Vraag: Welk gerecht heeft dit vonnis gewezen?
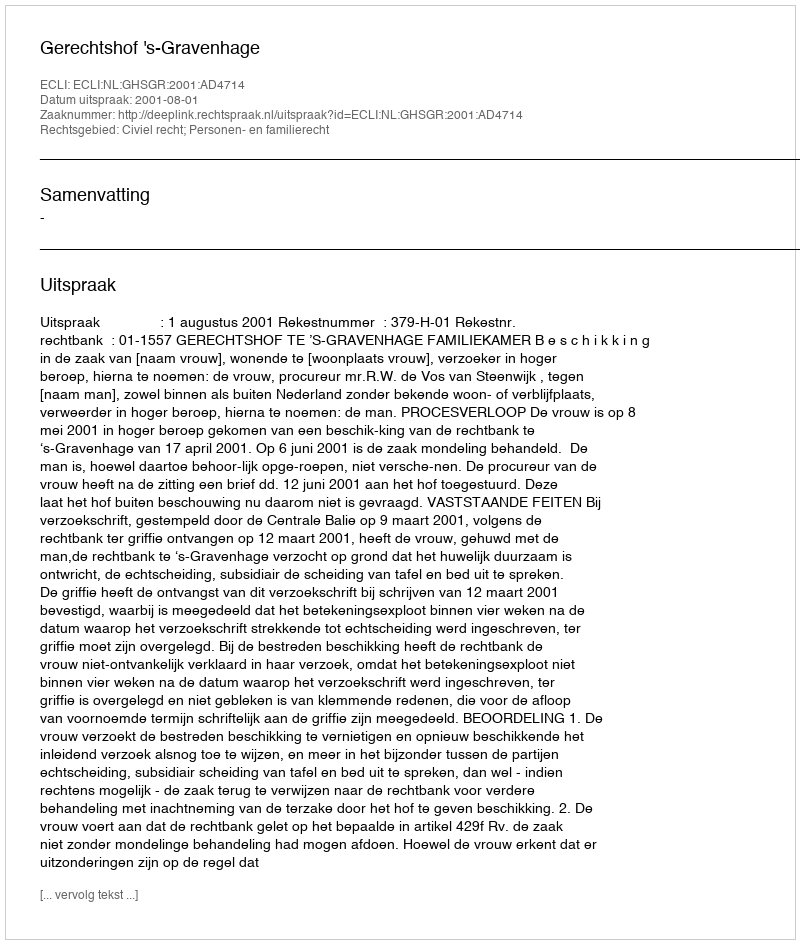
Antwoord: Gerechtshof 's-Gravenhage